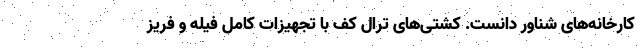
کارخانه‌های شناور دانست. کشتی‌های ترال کف با تجهیزات کامل فیله و فریز